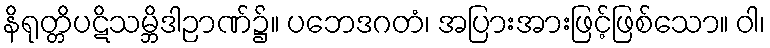
နိရုတ္တိပဋိသမ္ဘိဒါဉာဏ်၌။ ပဘေဒဂတံ၊ အပြားအားဖြင့်ဖြစ်သော။ ဝါ၊